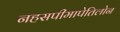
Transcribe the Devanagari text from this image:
नहसपीमापेतिलोन